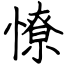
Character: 憭